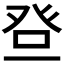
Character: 𱱵